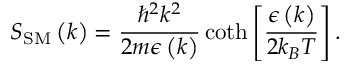
S _ { \mathrm { S M } } \left( k \right) = \frac { \hbar ^ { 2 } k ^ { 2 } } { 2 m \epsilon \left( k \right) } \coth \left[ \frac { \epsilon \left( k \right) } { 2 k _ { B } T } \right] .